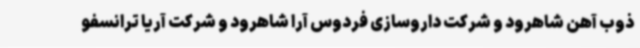
ذوب آهن شاهرود و شرکت داروسازی فردوس آرا شاهرود و شرکت آریا ترانسفو